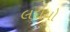
લદાયો